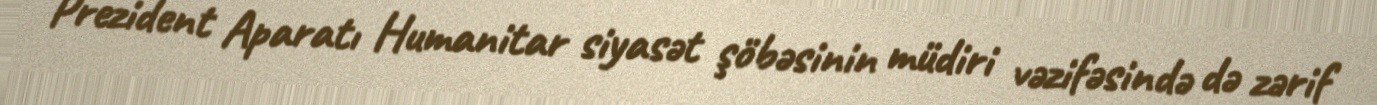
Prezident Aparatı Humanitar siyasət şöbəsinin müdiri vəzifəsində də zərif